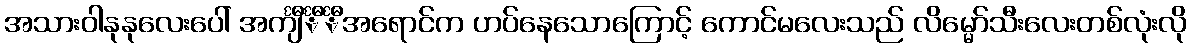
အသားဝါနုနုလေးပေါ် အင်္ကျီင်္ီင်္ီအရောင်က ဟပ်နေသောကြောင့် ကောင်မလေးသည် လိမ္မော်သီးလေးတစ်လုံးလို